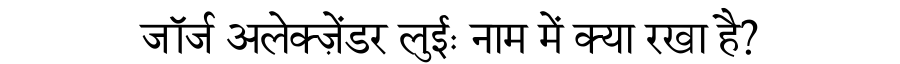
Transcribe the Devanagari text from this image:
जॉर्ज अलेक्ज़ेंडर लुईः नाम में क्या रखा है?